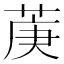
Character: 菮